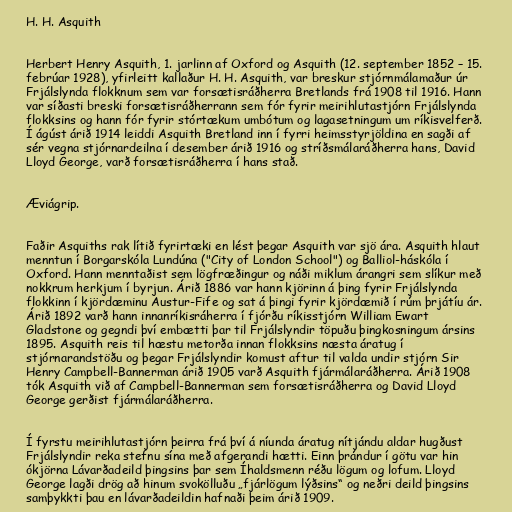
H. H. Asquith

Herbert Henry Asquith, 1. jarlinn af Oxford og Asquith (12. september 1852 – 15.
febrúar 1928), yfirleitt kallaður H. H. Asquith, var breskur stjórnmálamaður úr
Frjálslynda flokknum sem var forsætisráðherra Bretlands frá 1908 til 1916. Hann
var síðasti breski forsætisráðherrann sem fór fyrir meirihlutastjórn Frjálslynda
flokksins og hann fór fyrir stórtækum umbótum og lagasetningum um ríkisvelferð.
Í ágúst árið 1914 leiddi Asquith Bretland inn í fyrri heimsstyrjöldina en sagði af
sér vegna stjórnardeilna í desember árið 1916 og stríðsmálaráðherra hans, David
Lloyd George, varð forsætisráðherra í hans stað.

Æviágrip.

Faðir Asquiths rak lítið fyrirtæki en lést þegar Asquith var sjö ára. Asquith hlaut
menntun í Borgarskóla Lundúna ("City of London School") og Balliol-háskóla í
Oxford. Hann menntaðist sem lögfræðingur og náði miklum árangri sem slíkur með
nokkrum herkjum í byrjun. Árið 1886 var hann kjörinn á þing fyrir Frjálslynda
flokkinn í kjördæminu Austur-Fife og sat á þingi fyrir kjördæmið í rúm þrjátíu ár.
Árið 1892 varð hann innanríkisráherra í fjórðu ríkisstjórn William Ewart
Gladstone og gegndi því embætti þar til Frjálslyndir töpuðu þingkosningum ársins
1895. Asquith reis til hæstu metorða innan flokksins næsta áratug í
stjórnarandstöðu og þegar Frjálslyndir komust aftur til valda undir stjórn Sir
Henry Campbell-Bannerman árið 1905 varð Asquith fjármálaráðherra. Árið 1908
tók Asquith við af Campbell-Bannerman sem forsætisráðherra og David Lloyd
George gerðist fjármálaráðherra.

Í fyrstu meirihlutastjórn þeirra frá því á níunda áratug nítjándu aldar hugðust
Frjálslyndir reka stefnu sína með afgerandi hætti. Einn þrándur í götu var hin
ókjörna Lávarðadeild þingsins þar sem Íhaldsmenn réðu lögum og lofum. Lloyd
George lagði drög að hinum svokölluðu „fjárlögum lýðsins“ og neðri deild þingsins
samþykkti þau en lávarðadeildin hafnaði þeim árið 1909.